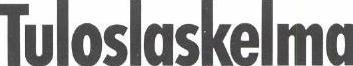
Tuloslaskelma